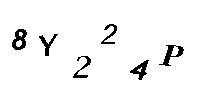
8Y224P